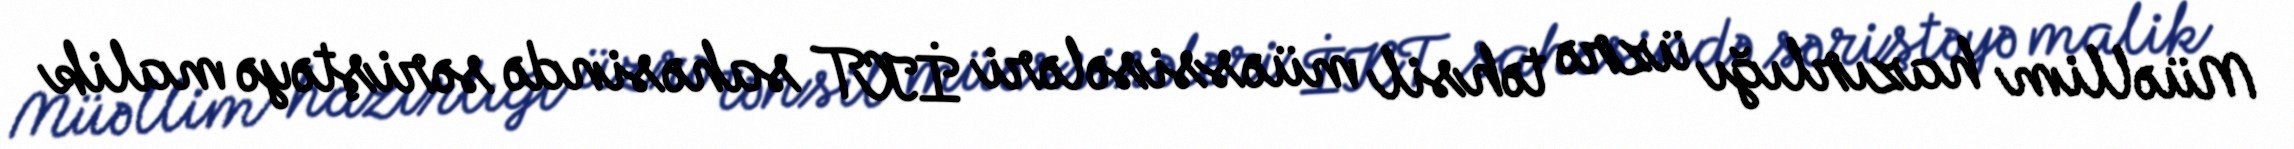
Müəllim hazırlığı üzrə təhsil müəssisələri İKT sahəsində səriştəyə malik